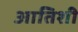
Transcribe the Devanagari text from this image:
आतिशी